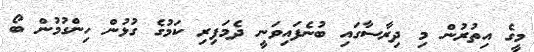
މީގެ އިތުރުން މި ދިރާސާގައި ބުނެފައިވަނީ ދެމަފިރި ކަމުގެ ގުޅުން ހިންގުމުން ބޯ